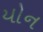
યોન